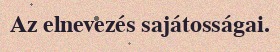
Az elnevezés sajátosságai.